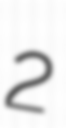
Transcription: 2